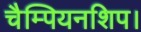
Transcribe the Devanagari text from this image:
चैम्पियनशिप।